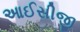
આઈસીજી